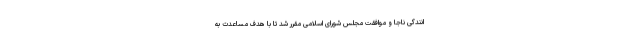
انندگی ناجا و موافقت مجلس شورای اسلامی مقرر شد تا با هدف مساعدت به